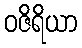
ဝဇိရိယာ